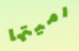
رميتها